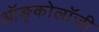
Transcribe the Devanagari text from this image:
ऑङ्कोलॉजी